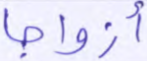
أزواجا